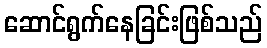
ဆောင်ရွက်နေခြင်းဖြစ်သည်